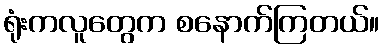
ရုံးကလူတွေက စနောက်ကြတယ်။